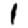
Digit: 1